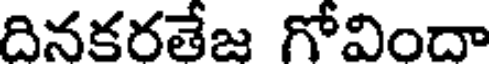
దినకరతేజ గోవిందా